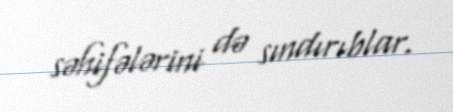
səhifələrini də sındırıblar.